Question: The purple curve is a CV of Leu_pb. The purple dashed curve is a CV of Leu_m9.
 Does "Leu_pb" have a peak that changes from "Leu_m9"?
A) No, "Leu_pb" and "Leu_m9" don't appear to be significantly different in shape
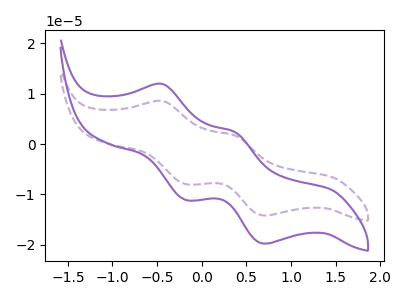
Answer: <think>The purple curve "Leu_pb" has anodic peaks at (-0.45V, 11.95uA) (0.35V, 2.45uA) and cathodic peaks at (-0.20V, -11.10uA) (0.70V, -19.75uA). The purple dashed curve "Leu_m9" has anodic peaks at (-0.45V, 8.55uA) (0.35V, 1.75uA) and cathodic peaks at (-0.20V, -7.95uA) (0.70V, -14.15uA).
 All the peaks in "Leu_pb" have a peak in "Leu_m9" at the same potential. Every peak in "Leu_pb" is higher than every peak in "Leu_m9".</think>
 <answer>A) No, "Leu_pb" and "Leu_m9" don't appear to be significantly different in shape</answer>
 <eval>A</eval>